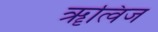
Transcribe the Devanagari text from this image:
ॠत्विज